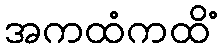
အကထံကထိံ